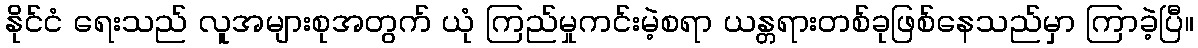
နိုင်ငံ ရေးသည် လူအများစုအတွက် ယုံ ကြည်မှုကင်းမဲ့စရာ ယန္တရားတစ်ခုဖြစ်နေသည်မှာ ကြာခဲ့ပြီ။